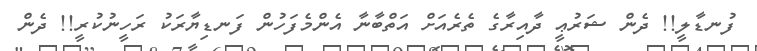
ފުނޑާލީ!! ދެން ޝަރުޢީ ދާއިރާގެ ތެރެއަށް އަތްބާނާ އެންމެފަހުން ފަނޑިޔާރަކު ރަހީނުކުރީ!! ދެން